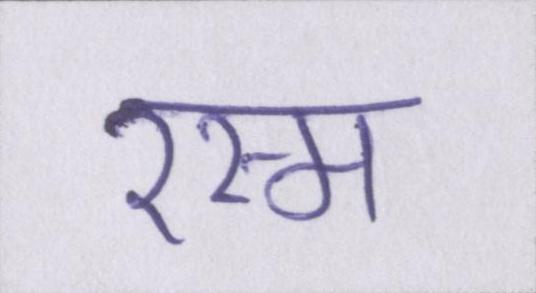
रस्म